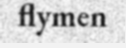
flymen